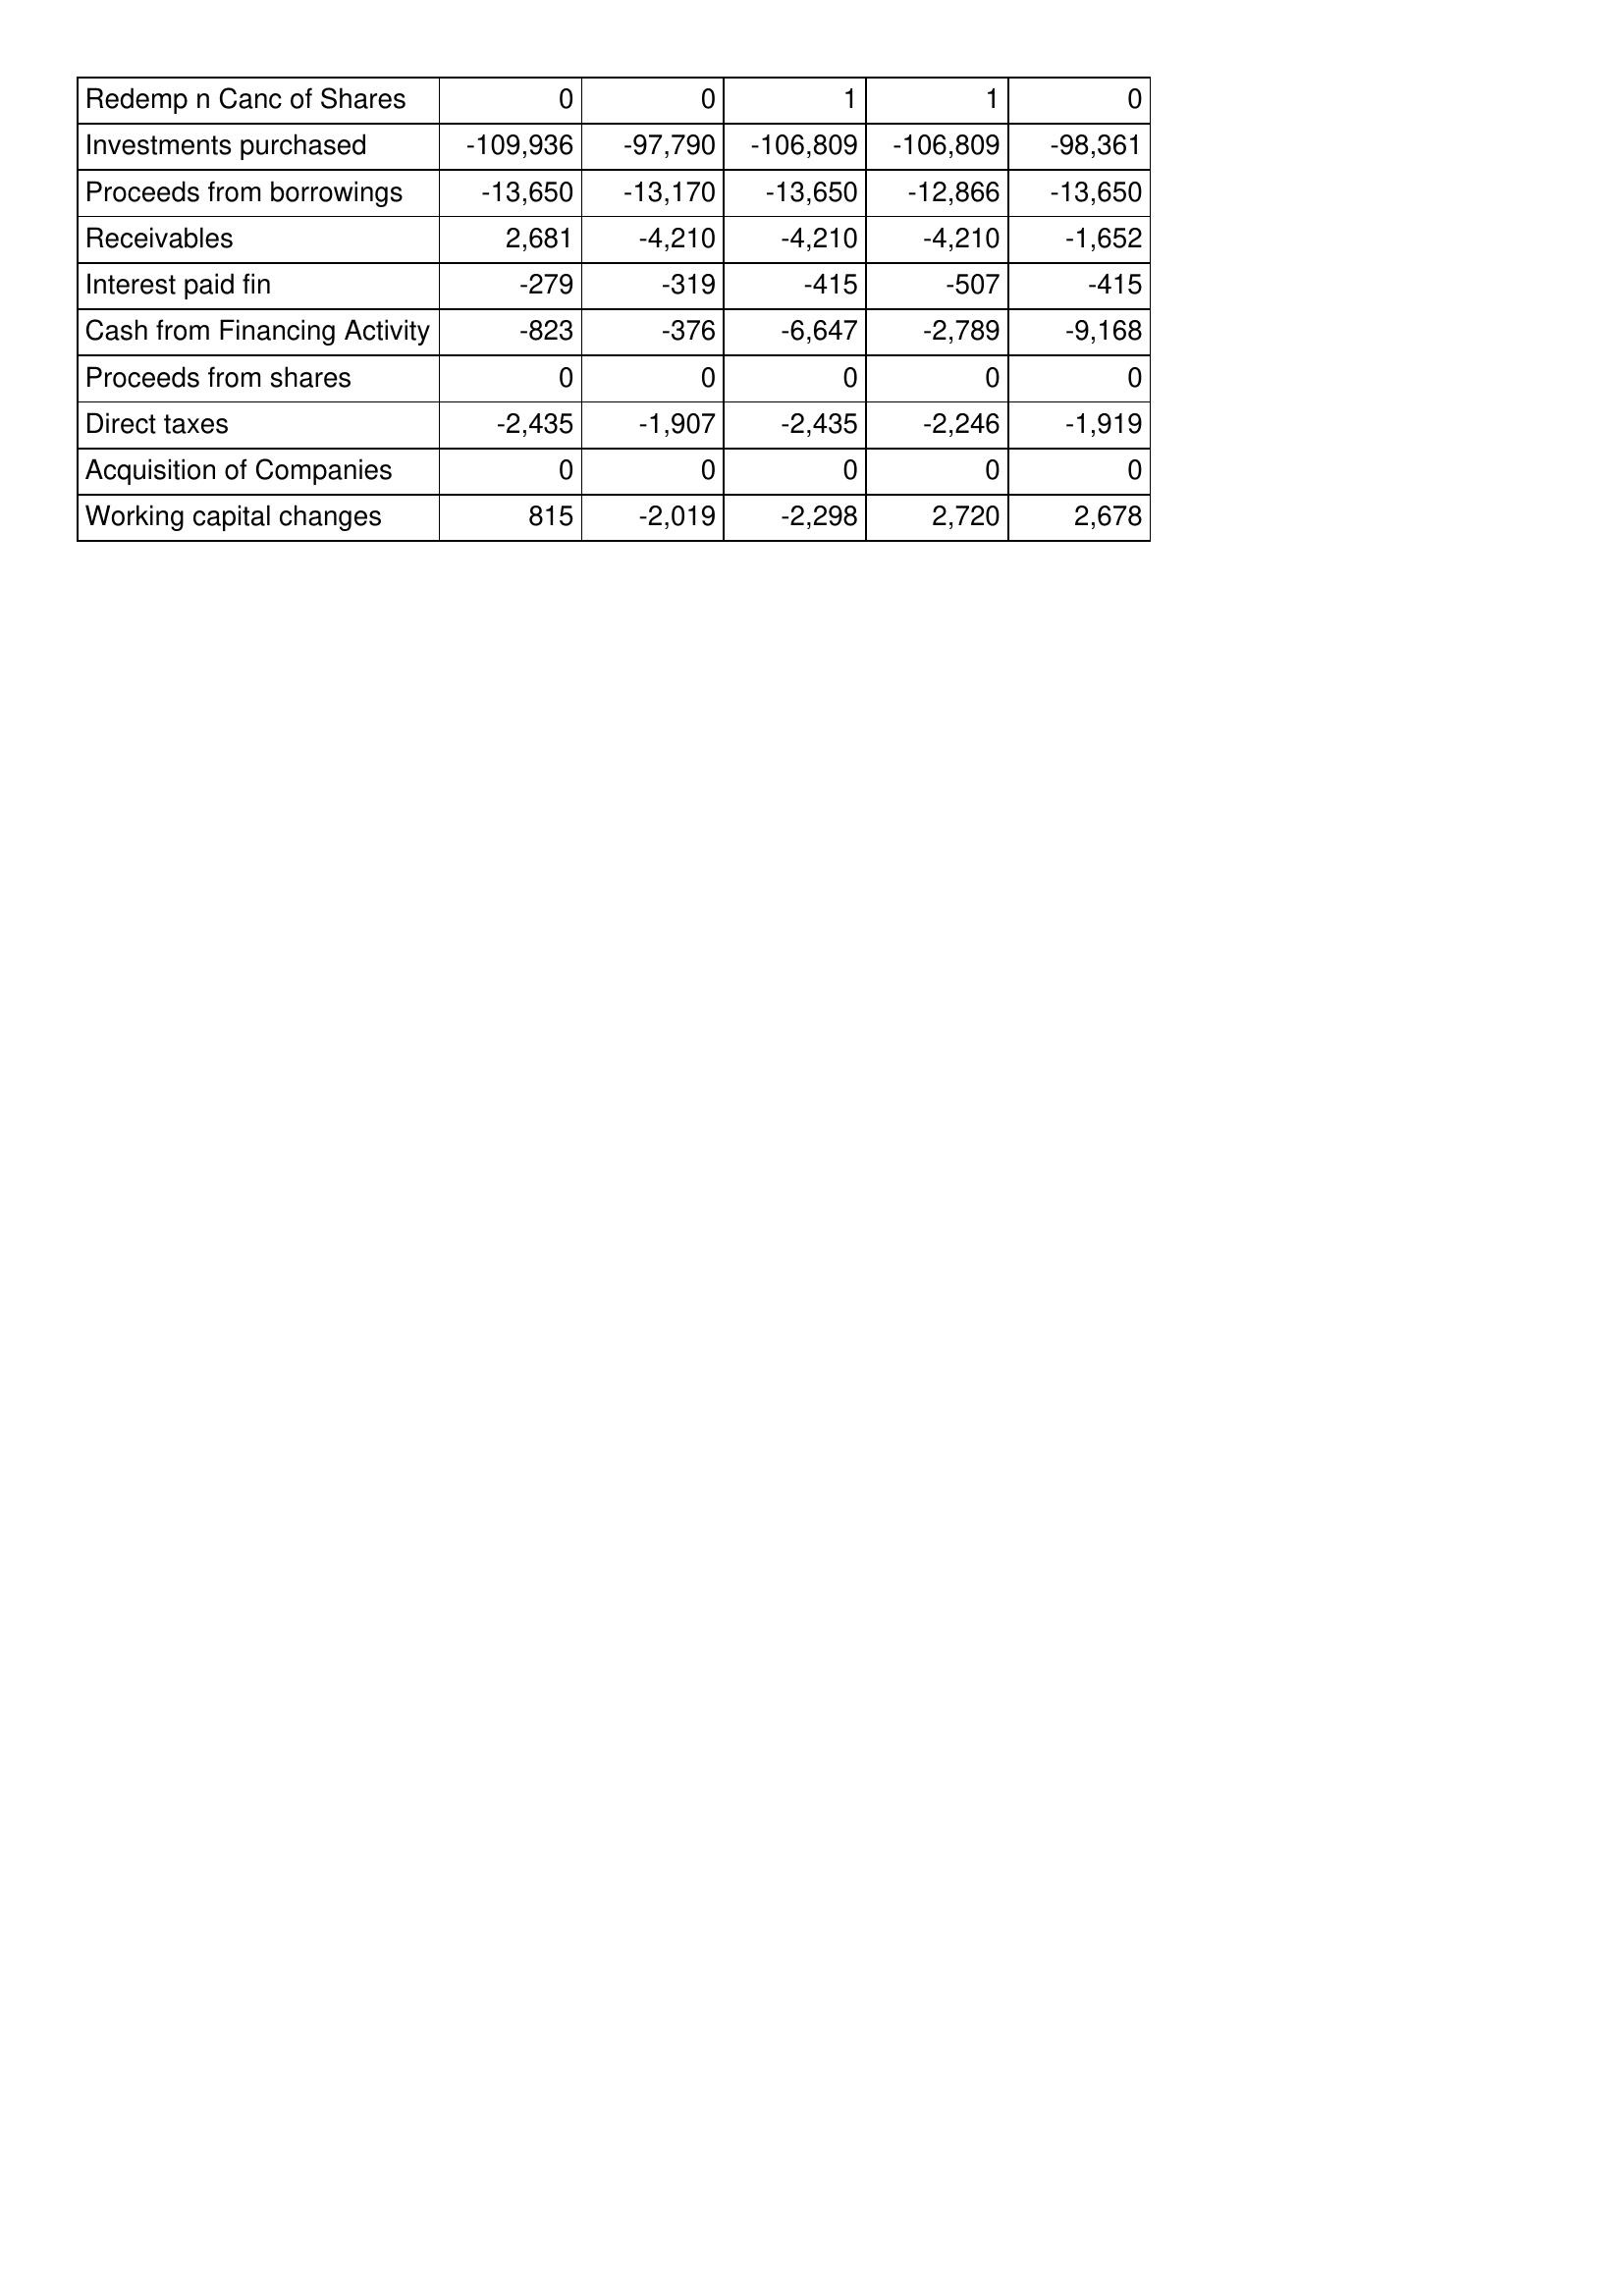
Nov-19: Cash Flows: Redemp n Canc of Shares: 0
Investments purchased: -109,936
Proceeds from borrowings: -13,650
Receivables: 2,681
Interest paid fin: -279
Cash from Financing Activity: -823
Proceeds from shares: 0
Direct taxes: -2,435
Acquisition of Companies: 0
Working capital changes: 815
Nov-18: Cash Flows: Redemp n Canc of Shares: 0
Investments purchased: -97,790
Proceeds from borrowings: -13,170
Receivables: -4,210
Interest paid fin: -319
Cash from Financing Activity: -376
Proceeds from shares: 0
Direct taxes: -1,907
Acquisition of Companies: 0
Working capital changes: -2,019
Nov-17: Cash Flows: Redemp n Canc of Shares: 1
Investments purchased: -106,809
Proceeds from borrowings: -13,650
Receivables: -4,210
Interest paid fin: -415
Cash from Financing Activity: -6,647
Proceeds from shares: 0
Direct taxes: -2,435
Acquisition of Companies: 0
Working capital changes: -2,298
Nov-16: Cash Flows: Redemp n Canc of Shares: 1
Investments purchased: -106,809
Proceeds from borrowings: -12,866
Receivables: -4,210
Interest paid fin: -507
Cash from Financing Activity: -2,789
Proceeds from shares: 0
Direct taxes: -2,246
Acquisition of Companies: 0
Working capital changes: 2,720
Nov-15: Cash Flows: Redemp n Canc of Shares: 0
Investments purchased: -98,361
Proceeds from borrowings: -13,650
Receivables: -1,652
Interest paid fin: -415
Cash from Financing Activity: -9,168
Proceeds from shares: 0
Direct taxes: -1,919
Acquisition of Companies: 0
Working capital changes: 2,678